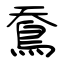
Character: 鴌